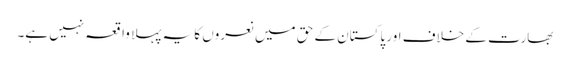
بھارت کے خلاف اور پاکستان کے حق میں نعروں کا یہ پہلا واقعہ نہیں ہے۔